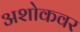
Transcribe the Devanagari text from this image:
अशोकवर